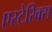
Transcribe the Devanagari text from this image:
एस्टेरिक्स